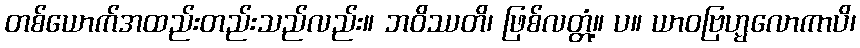
တစ်ယောက်အထည်းတည်းသည်လည်း။ ဘဝိဿတိ၊ ဖြစ်လတ္တံ့။ ပ။ ယာဝဗြဟ္မလောကာပိ၊